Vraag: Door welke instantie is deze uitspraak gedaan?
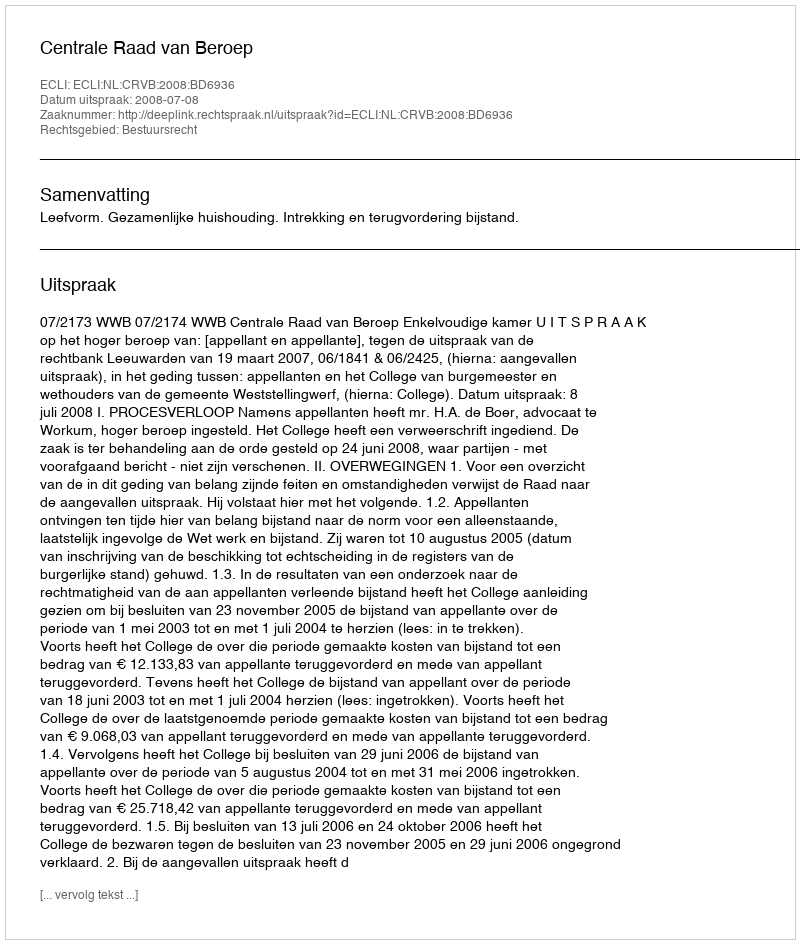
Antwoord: Centrale Raad van Beroep